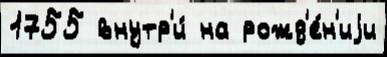
1755 внутр'и́ на рожд'е́н'иjи